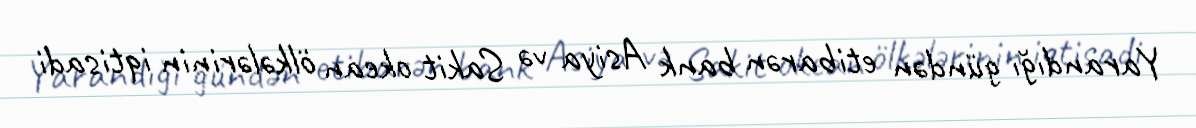
Yarandığı gündən etibarən bank Asiya və Sakit okean ölkələrinin iqtisadi